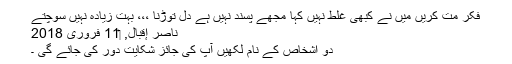
فکر مت کریں میں نے کبھی غلط نہیں کہا مجھے پسند نہیں ہے دل توڑنا ،،، بہت زیادہ نہیں سوچتے
ناصر إقبال, ‏11 فروری 2018
دو اشخاص کے نام لکھیں آپ کی جائز شکایت دور کی جائے گی ۔